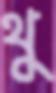
থু